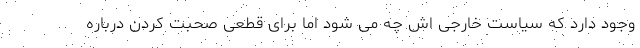
وجود دارد که سیاست خارجی اش چه می شود اما برای قطعی صحبت کردن درباره